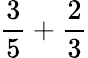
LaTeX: {\frac{3}{5}}+{\frac{2}{3}}